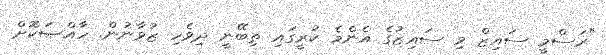
"ރަސްމީ ސައިޒް މި ސައިޒުގެ އެންމެ ކުރީގައި ތިބޭނީ ދިވެހި ޒުވާނުން. ހާއްޞަކޮށް